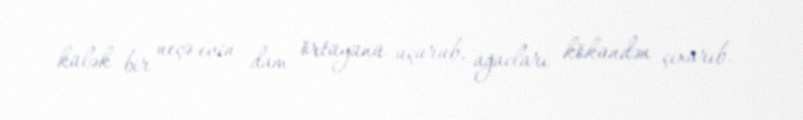
külək bir neçə evin dam örtüyünü uçurub, ağacları kökündən çıxarıb.